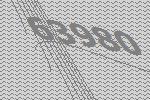
63980